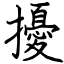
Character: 擾